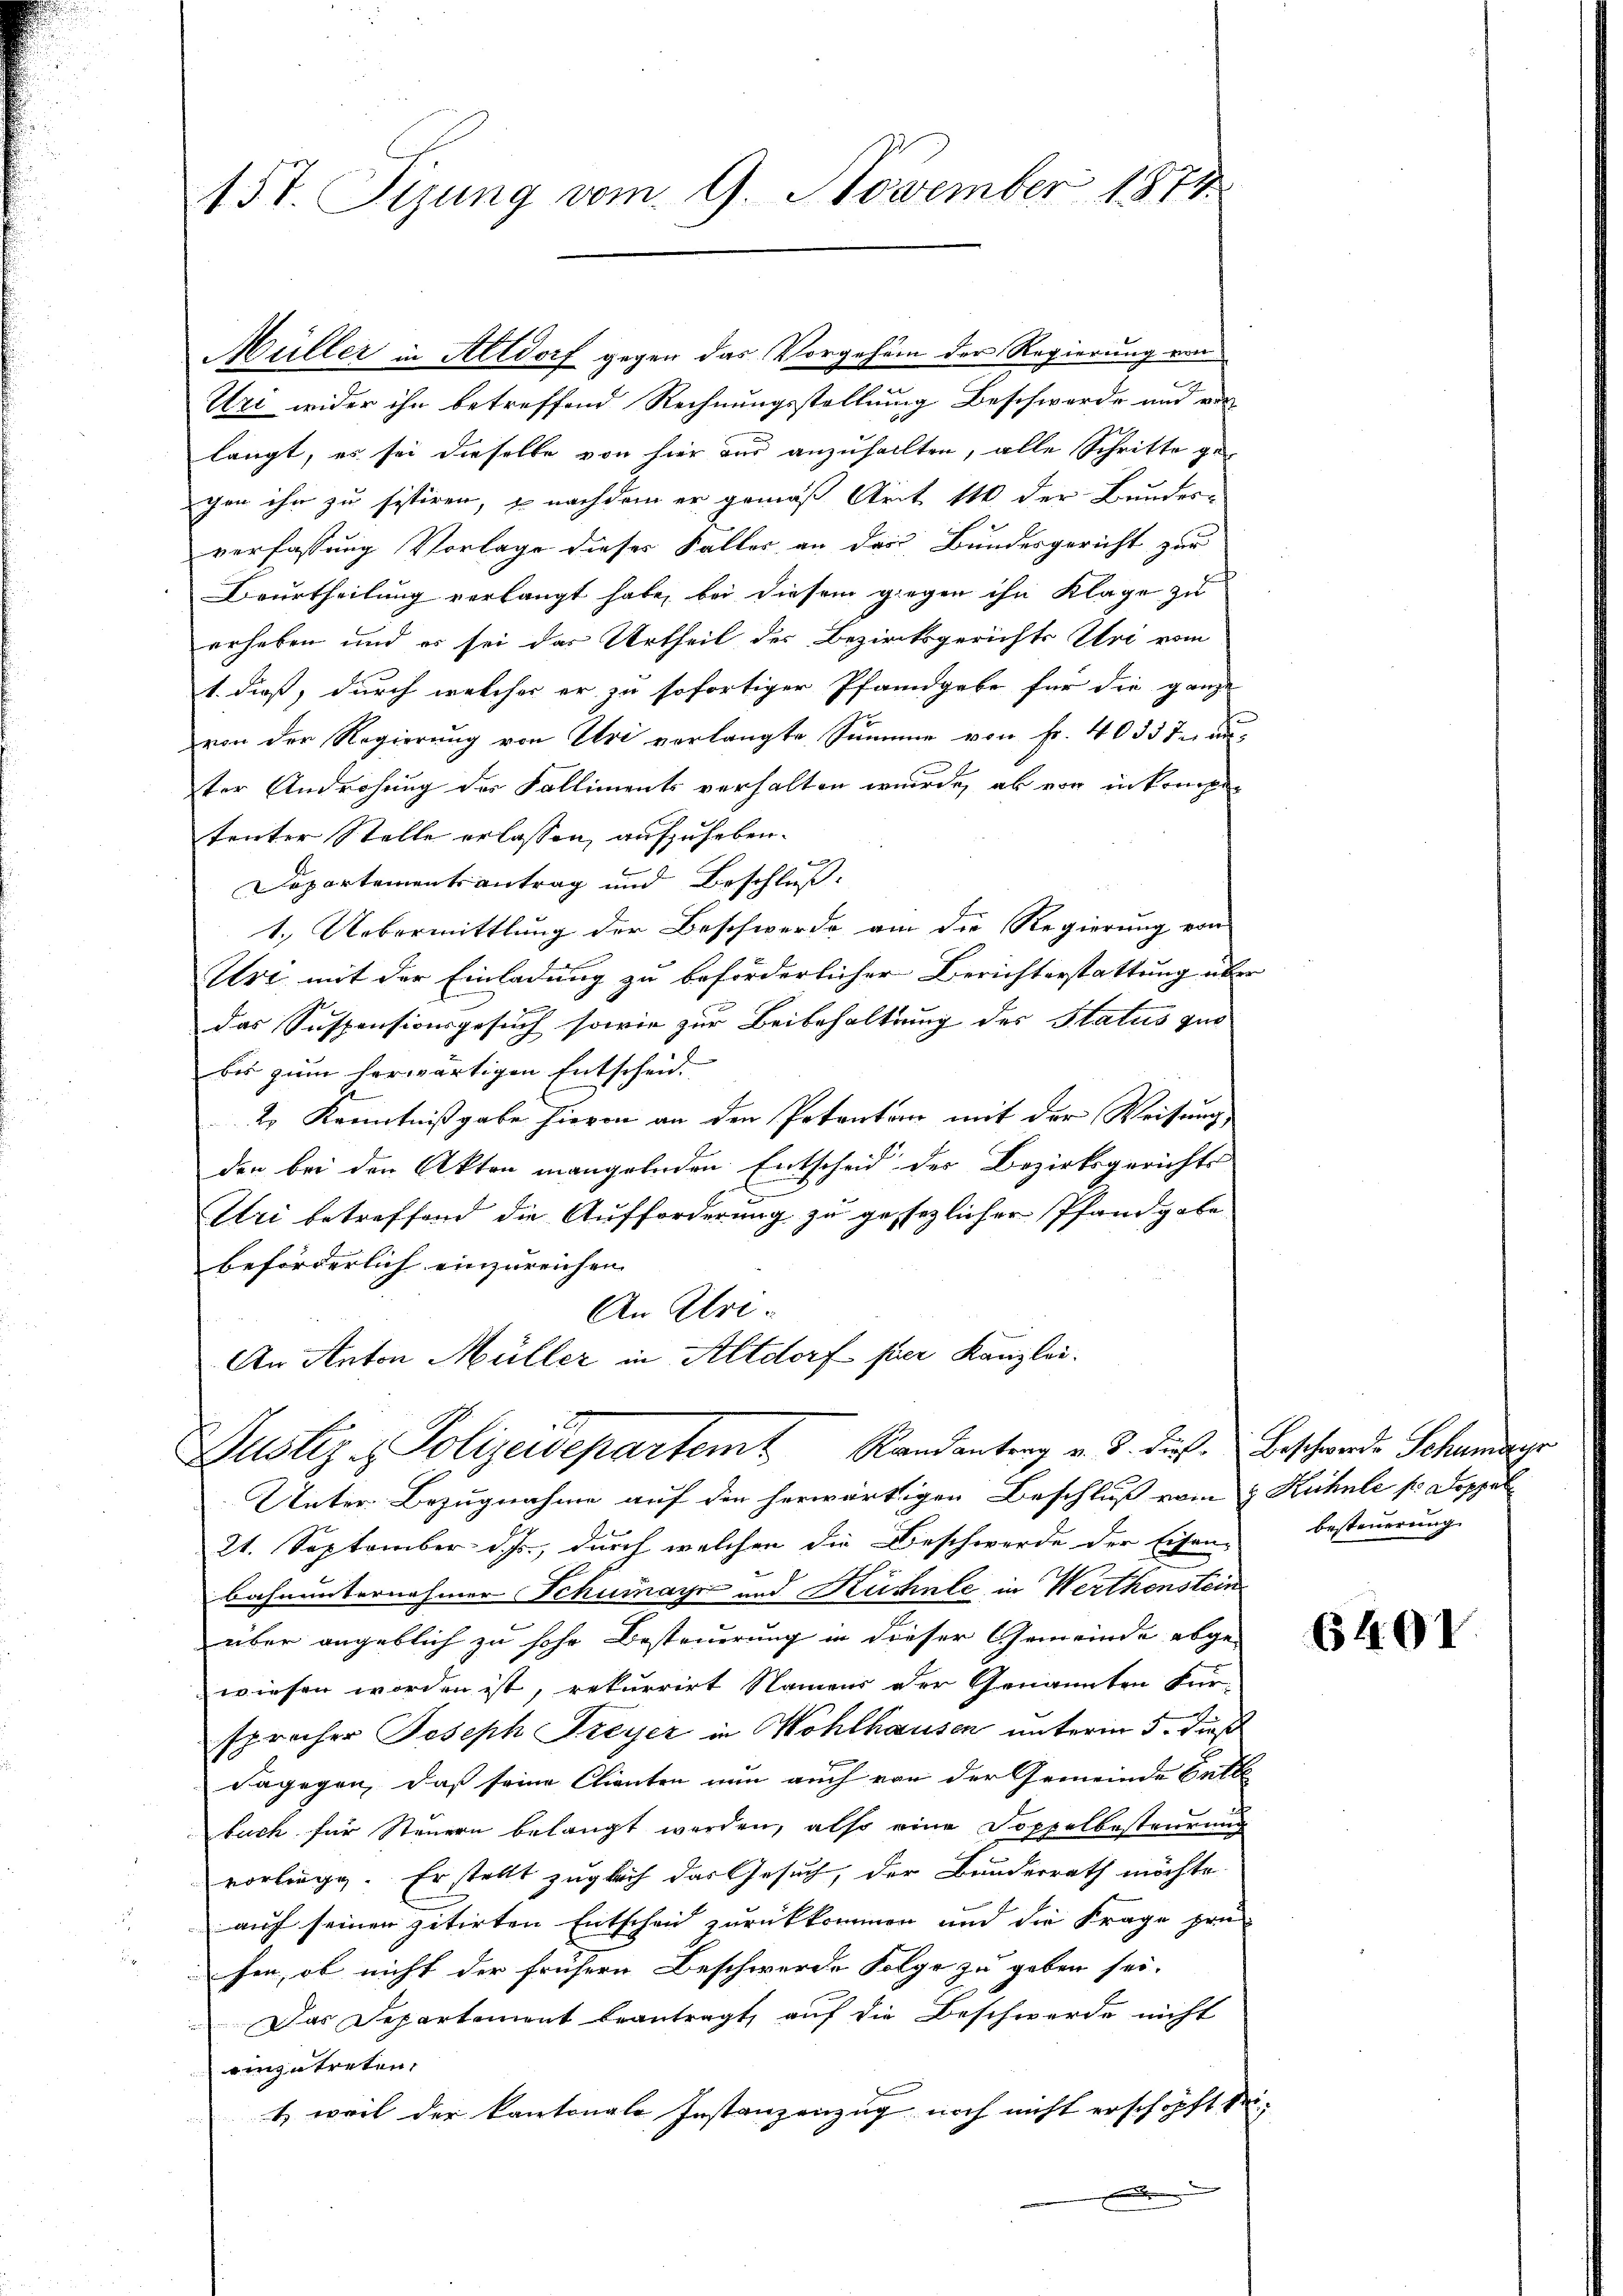
157. Sizung vom 9. November 1874

Müller in Altdorf gegen das Vorgehen der Regierung von
Uri wider ihn betreffend Rechnungsstellung Beschwerde und vor
langt, es sei dieselbe von hier aus anzuhallten, alle Schritte ge
gen ihr zu sistiren, u nachdem er gemäß Art 11 der Bundes-
verfassung Vorlage dieses Falles an der Bundesgericht zur
Beurtheilung verlangt habe, bei diesem gegen ihn Klage zu
erheben und es sei das Urtheil der Bezirksgerichts Uri vom
1. dieß, durch welches er zu sofortiger Pfandgabe für die ganze
von der Regierung von Uri verlangte Summe von Fr. 40337 un
ter Androhung des Kalliments verhalten wurde, ab von in konsen
tenter Stelle erlassen, aufzuheben.
Departementsantrag und Beschluß
1.) Uebermittlung der Beschwerde am die Regierung von
Ust mit der Einladung zu beförderlicher Berichterstattung über
Fennen
das Suspensionsgesuch sowie zur Beibehaltung des Status quo
bis zum herwärtigen Entscheid
2e Kenntnißgabe hievon an den Petenton mit der Weisung
den bei den Akten mangelnden Entscheid der Bezirksgerichts
Uri betreffend die Aufforderung zu gesezlicher Pfandgabe
beförderlich einzureichen
An Uri.
An Anton Müller in Altdorf hier Kanzlei.
Justiz - Polizeidepartemt Randantrag v. J. diese Beschwerde Schwurge
Unter Bezugnahme auf den herwärtigen Beschluß vom 8. Rühnle sr Doppel
21. September d. Js., durch welchen die Beschwerde der Eisen besteuerung
bahnunternehmer Schumayr und Rüchnee in Werthenstein
über angeblich zu sehr Besteuerung in dieser Gemeinde abge-
wiesen worden ist, rekurrirt Namens der Genannten Für-
sprecher Joseph Freyer in Wohlhausen unterm 5. dieß
dagegen, daß seine Clienten nun auch von der Gemeinde Entle
buch für Steuern belangt werden, also eine Doppelbesteurung
vorliege. Er stellt zuglich das Gesuch, der Bunderrath möchte.
auf seinen zitirten Entscheid zurückkommen und die Frage prü
hen, ob nicht der frühern Beschwerde Folge zu geben sei.
Das Departement beantragt, auf die Beschwerde nicht
einzutreten.
t. weil der kantonale Instanzenzug noch nicht erschöpft sei¬

6401